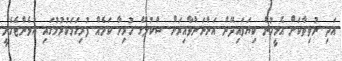
އަދި ނުވިތާކަށް އެމީހުން ކިޔަވައިދޭން އަންނަންވާއިރަށް ސްކުލްގެ ހުރިހާ ކަމެއް ފުރިހަމަކުރުމުގައި އުޅެންޖެހެނީ